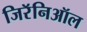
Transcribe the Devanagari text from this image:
जिरॅनिऑल